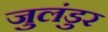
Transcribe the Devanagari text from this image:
जुलंडुर